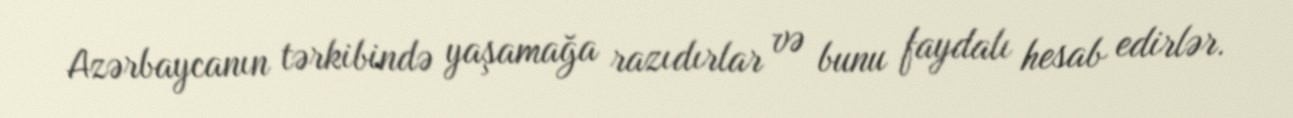
Azərbaycanın tərkibində yaşamağa razıdırlar və bunu faydalı hesab edirlər.